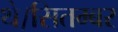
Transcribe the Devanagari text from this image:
थे।सितम्बर